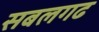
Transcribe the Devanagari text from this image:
सबलगढ